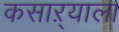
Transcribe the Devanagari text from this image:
कसाऱ्याला